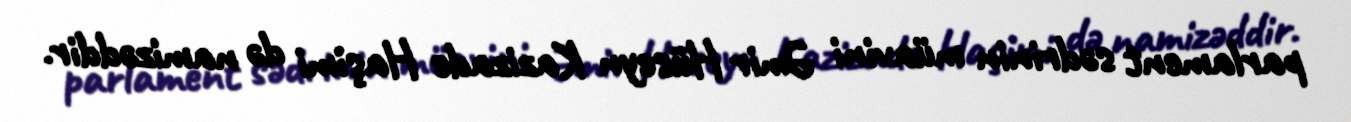
parlament sədrinin müavini Əmir Hüseyn Kazizade Haşimi də namizəddir.